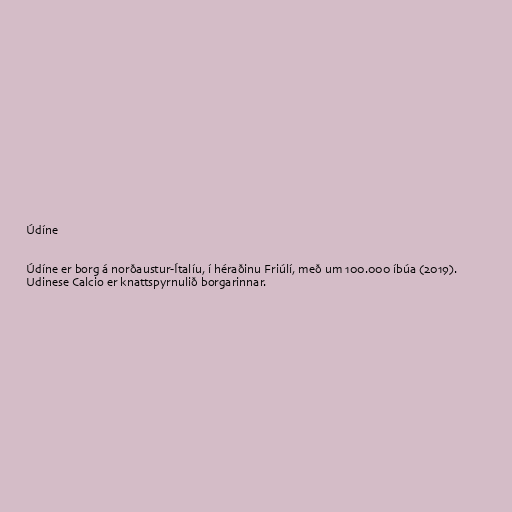
Údíne

Údíne er borg á norðaustur-Ítalíu, í héraðinu Friúlí, með um 100.000 íbúa (2019).
Udinese Calcio er knattspyrnulið borgarinnar.